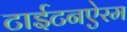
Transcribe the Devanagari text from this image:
टाईटनऐरम